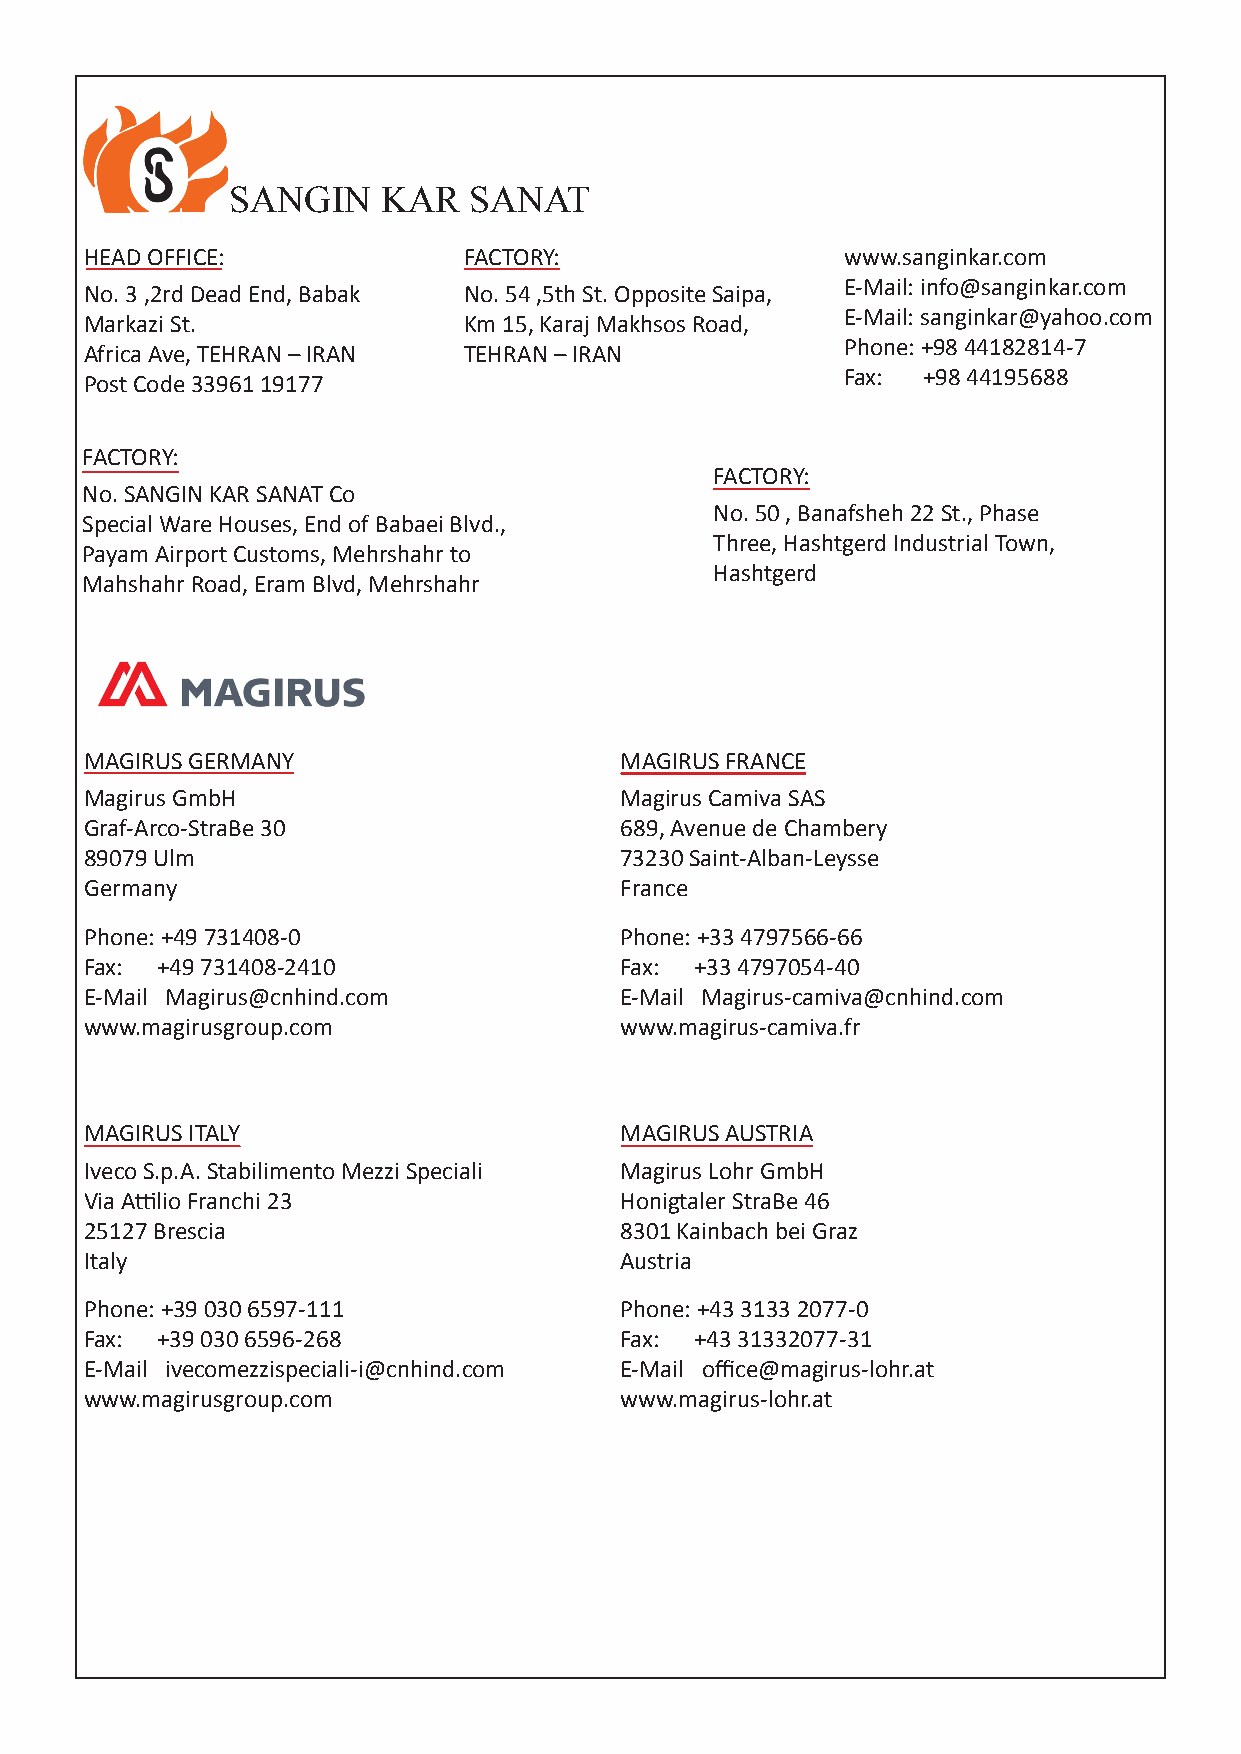
SANGIN    KAR   SANAT
 HEAD OFFICE:             FACTORY:                 www.sanginkar.com
 E-Mail: info@sanginkar.com
 No. 3 ,2rd Dead End, Babak No. 54 ,5th St. Opposite Saipa,
 E-Mail: sanginkar@yahoo.com
 Markazi St.              Km 15, Karaj Makhsos Road,
 Phone: +98 44182814-7
 Africa Ave, TEHRAN – IRAN TEHRAN – IRAN
 Fax: +98 44195688
 Post Code 33961 19177
 FACTORY:
 FACTORY:
 No. SANGIN KAR SANAT Co
 No. 50 , Banafsheh 22 St., Phase
 Special Ware Houses, End of Babaei Blvd.,
 Three, Hashtgerd Industrial Town,
 Payam Airport Customs, Mehrshahr to
 Hashtgerd
 Mahshahr Road, Eram Blvd, Mehrshahr
 MAGIRUS GERMANY                    MAGIRUS FRANCE
 Magirus GmbH                       Magirus Camiva SAS
 Graf-Arco-StraBe 30                689, Avenue de Chambery
 89079 Ulm                          73230 Saint-Alban-Leysse
 Germany                            France
 Phone: +49 731408-0                Phone: +33 4797566-66
 Fax: +49 731408-2410               Fax: +33 4797054-40
 E-Mail Magirus@cnhind.com          E-Mail Magirus-camiva@cnhind.com
 www.magirusgroup.com               www.magirus-camiva.fr
 MAGIRUS ITALY                      MAGIRUS AUSTRIA
 Iveco S.p.A. Stabilimento Mezzi Speciali Magirus Lohr GmbH
 Via Attilio Franchi 23             Honigtaler StraBe 46
 25127 Brescia                      8301 Kainbach bei Graz
 Italy                              Austria
 Phone: +39 030 6597-111            Phone: +43 3133 2077-0
 Fax: +39 030 6596-268              Fax: +43 31332077-31
 E-Mail ivecomezzispeciali-i@cnhind.com E-Mail office@magirus-lohr.at
 www.magirusgroup.com               www.magirus-lohr.at